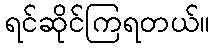
ရင်ဆိုင်ကြရတယ်။